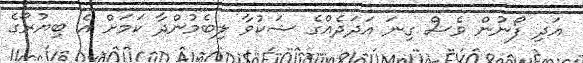
އަދި ފޯނުން ވެސް ގިނަ އަދަދެއްގެ ޝަކުވާ ލިބެމުންދާ ކަމަށް އެ ބިޔުރޯގެ